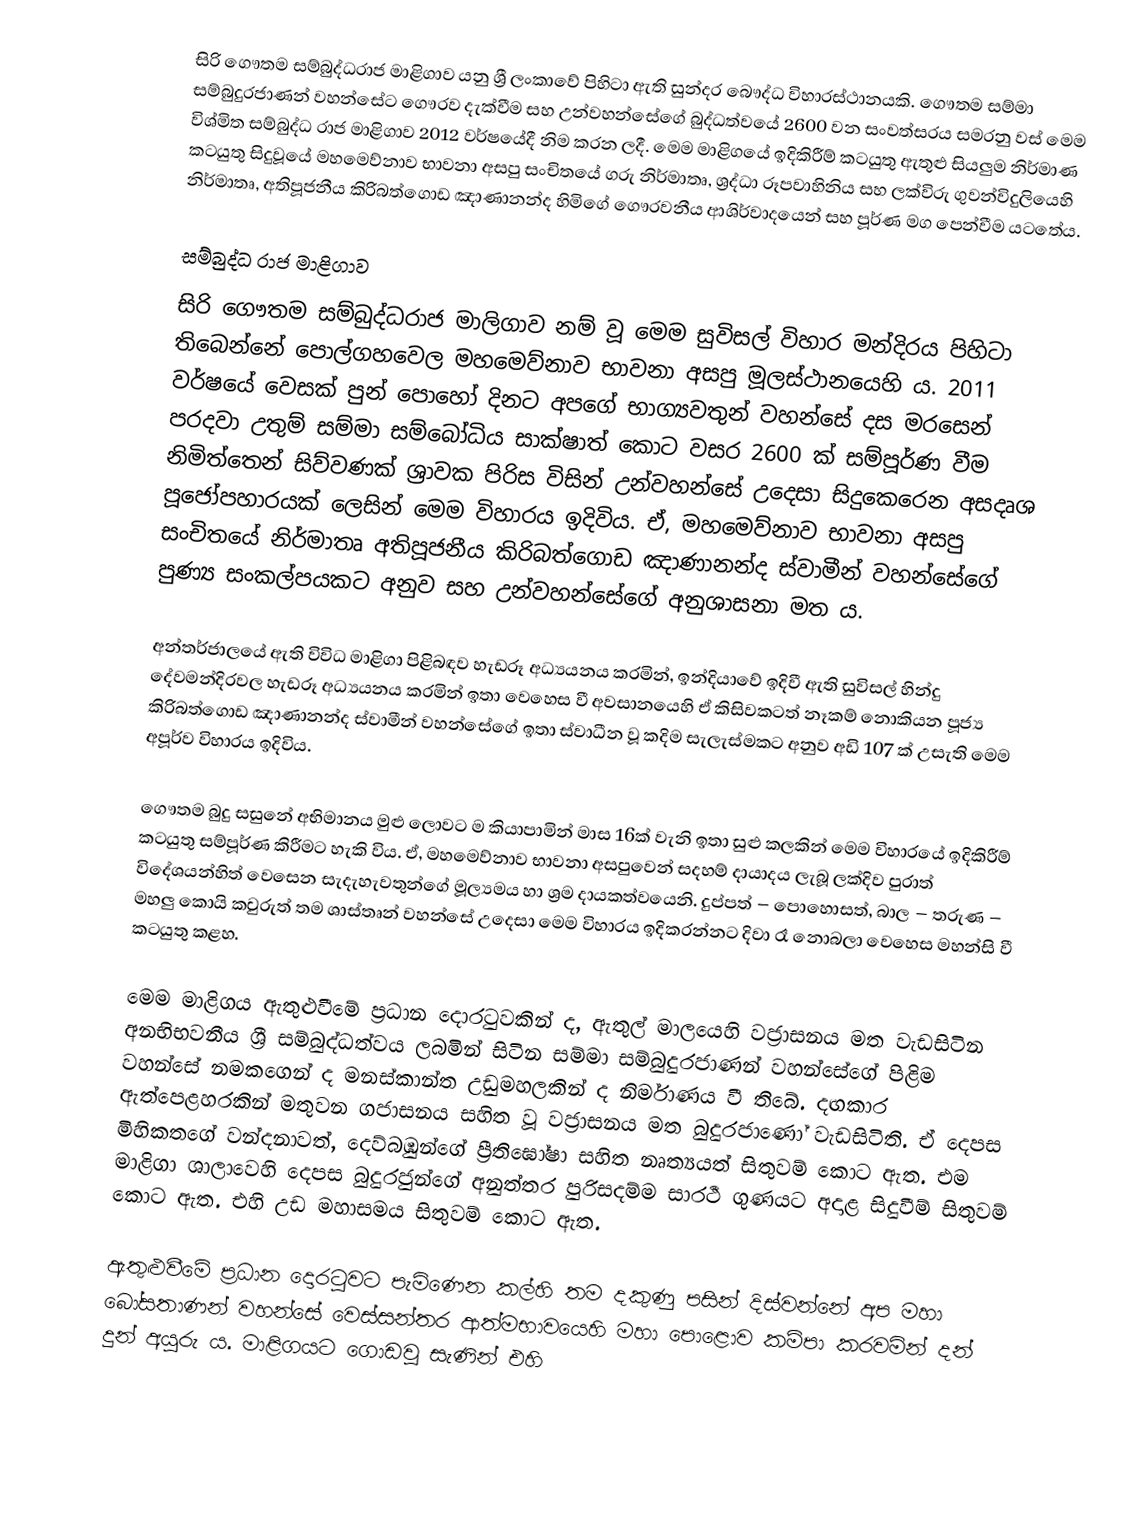
සිරි ගෞතම සම්බුද්ධරාජ මාළිගාව යනු ශ්‍රී ලංකාවේ පිහිටා ඇති සුන්දර බෞද්ධ විහාරස්ථානයකි.  ගෞතම සම්මා සම්බුදුරජාණන් වහන්සේට ගෞරව දැක්වීම සහ උන්වහන්සේගේ බුද්ධත්වයේ 2600 වන සංවත්සරය සමරනු වස් මෙම විශ්මිත සම්බුද්ධ රාජ මාළිගාව 2012 වර්ෂයේදී නිම කරන ලදී. මෙම මාළිගයේ ඉදිකිරීම් කටයුතු ඇතුළු සියලුම නිර්මාණ කටයුතු සිදුවූයේ මහමෙව්නාව භාවනා අසපු සංචිතයේ ගරු නිර්මාතෘ, ශ්‍රද්ධා රූපවාහිනිය සහ ලක්විරු ගුවන්විදුලියෙහි නිර්මාතෘ, අතිපූජනීය කිරිබත්ගොඩ ඤාණානන්ද හිමිගේ ගෞරවනීය ආශිර්වාදයෙන් සහ පූර්ණ මග පෙන්වීම යටතේය.

සම්බුද්ධ රාජ මාළිගාව
සිරි ගෞතම සම්බුද්ධරාජ මාලිගාව නම් වූ මෙම සුවිසල් විහාර මන්දිරය පිහිටා තිබෙන්නේ පොල්ගහවෙල මහමෙව්නාව භාවනා අසපු මූලස්ථානයෙහි ය. 2011 වර්ෂයේ වෙසක් පුන් පොහෝ දිනට අපගේ භාග්‍යවතුන් වහන්සේ දස මරසෙන් පරදවා උතුම් සම්මා සම්බෝධිය සාක්ෂාත් කොට වසර 2600 ක් සම්පූර්ණ වීම නිමිත්තෙන් සිව්වණක් ශ්‍රාවක පිරිස විසින් උන්වහන්සේ උදෙසා සිදුකෙරෙන අසදෘශ පූජෝපහාරයක් ලෙසින් මෙම විහාරය ඉදිවිය. ඒ, මහමෙව්නාව භාවනා අසපු සංචිතයේ නිර්මාතෘ අතිපූජනීය කිරිබත්ගොඩ ඤාණානන්ද ස්වාමීන් වහන්සේගේ පුණ්‍ය සංකල්පයකට අනුව සහ උන්වහන්සේගේ අනුශාසනා මත ය.

අන්තර්ජාලයේ ඇති විවිධ මාළිගා පිළිබඳව හැඩරූ අධ්‍යයනය කරමින්, ඉන්දියාවේ ඉදිවී ඇති සුවිසල් හින්දු දේවමන්දිරවල හැඩරූ අධ්‍යයනය කරමින් ඉතා වෙහෙස වී අවසානයෙහි ඒ කිසිවකටත් නෑකම් නොකියන පූජ්‍ය කිරිබත්ගොඩ ඤාණානන්ද ස්වාමීන් වහන්සේගේ ඉතා ස්වාධීන වූ කදිම සැලැස්මකට අනුව අඩි 107 ක් උසැති මෙම අපූර්ව විහාරය ඉදිවිය.

ගෞතම බුදු සසුනේ අභිමානය මුළු ලොවට ම කියාපාමින් මාස 16ක් වැනි ඉතා සුළු කලකින් මෙම විහාරයේ ඉදිකිරීම් කටයුතු සම්පූර්ණ කිරීමට හැකි විය. ඒ, මහමෙව්නාව භාවනා අසපුවෙන් සදහම් දායාදය ලැබූ ලක්දිව පුරාත් විදේශයන්හිත් වෙසෙන සැදැහැවතුන්ගේ මූල්‍යමය හා ශ්‍රම දායකත්වයෙනි. දුප්පත් – පොහොසත්, බාල – තරුණ – මහලු කොයි කවුරුත් තම ශාස්තෘන් වහන්සේ උදෙසා මෙම විහාරය ඉදිකරන්නට දිවා රෑ නොබලා වෙහෙස මහන්සි වී කටයුතු කළහ.

මෙම මාළිගය ඇතුළුවීමේ ප්‍රධාන දොරටුවකින් ද, ඇතුල් මාලයෙහි වජ්‍රාසනය මත වැඩසිටින අනභිභවනීය ශ්‍රී සම්බුද්ධත්වය ලබමින් සිටින සම්මා සම්බුදුරජාණන් වහන්සේගේ පිළිම වහන්සේ නමකගෙන් ද මනස්කාන්ත උඩුමහලකින් ද නිර්මාණය වී තිබේ. දඟකාර ඇත්පෙළහරකින් මතුවන ගජාසනය සහිත වූ වජ්‍රාසනය මත බුදුරජාණෝ වැඩසිටිති. ඒ දෙපස මිහිකතගේ වන්දනාවත්, දෙව්බඹුන්ගේ ප්‍රීතිඝෝෂා සහිත නෘත්‍යයත් සිතුවම් කොට ඇත. එම මාළිගා ශාලාවෙහි දෙපස බුදුරජුන්ගේ අනුත්තර පුරිසදම්ම සාරථී ගුණයට අදාළ සිදුවීම් සිතුවම් කොට ඇත. එහි උඩ මහාසමය සිතුවම් කොට ඇත.

ඇතුළුවීමේ ප්‍රධාන දොරටුවට පැමිණෙන කල්හි තම දකුණු පසින් දිස්වන්නේ අප මහා බෝසතාණන් වහන්සේ වෙස්සන්තර ආත්මභාවයෙහි මහා පොළොව කම්පා කරවමින් දන් දුන් අයුරු ය. මාළිගයට ගොඩවූ සැණින් එහි